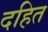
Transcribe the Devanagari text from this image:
दहित